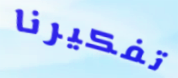
تفكيرنا